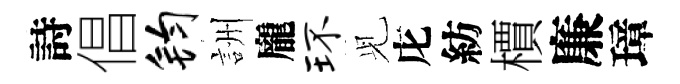
詩倡钧詶龐环𫤗庀紡檟廉璋